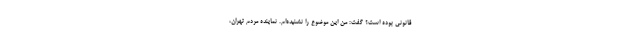
قانونی بوده است؟ گفت: من این موضوع را نشنیده‌ام. نماینده مردم تهران،